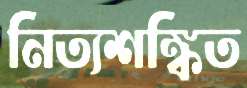
নিত্যশঙ্কিত